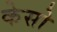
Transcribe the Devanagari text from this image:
केसो